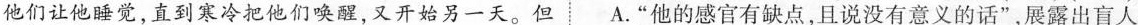
他们让他睡觉，直到寒冷把他们唤醒，又开始另一天。但A.”他的感官有缺点，且说没有意义的话”，展露出盲人